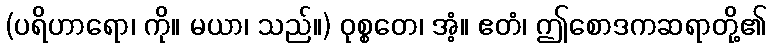
(ပရိဟာရော၊ ကို။ မယာ၊ သည်။) ဝုစ္စတေ၊ အံ့။ ဧတံ၊ ဤစောဒကဆရာတို့၏